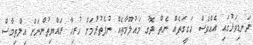
ދަނޑިވަޅުގައި އެއްވެސް ހަގީގަތެއް ނެތް ދޮގު މައުލޫމާތެއް ނުފެތުރުމަށް ހުރިހާ ރައްޔިތުންނަށް އިލްތިމާސް